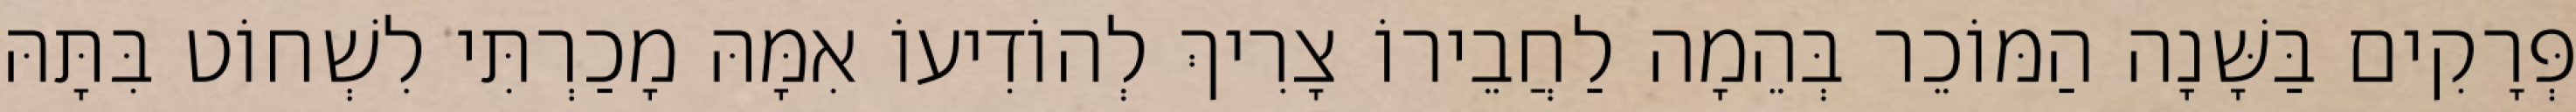
פְּרָקִים בַּשָּׁנָה הַמּוֹכֵר בְּהֵמָה לַחֲבֵירוֹ צָרִיךְ לְהוֹדִיעוֹ אִמָּהּ מָכַרְתִּי לִשְׁחוֹט בִּתָּהּ